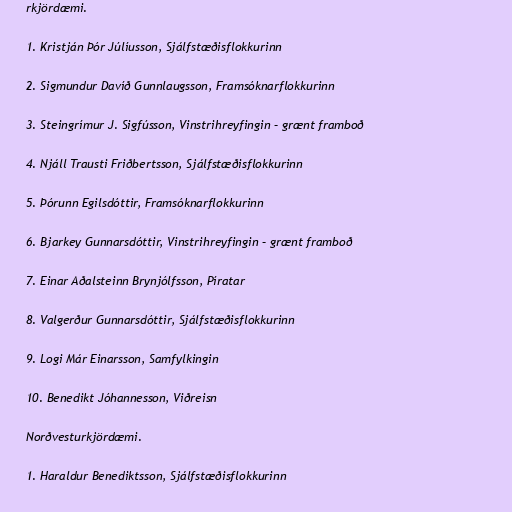
rkjördæmi.

1. Kristján Þór Júlíusson, Sjálfstæðisflokkurinn

2. Sigmundur Davíð Gunnlaugsson, Framsóknarflokkurinn

3. Steingrímur J. Sigfússon, Vinstrihreyfingin – grænt framboð

4. Njáll Trausti Friðbertsson, Sjálfstæðisflokkurinn

5. Þórunn Egilsdóttir, Framsóknarflokkurinn

6. Bjarkey Gunnarsdóttir, Vinstrihreyfingin – grænt framboð

7. Einar Aðalsteinn Brynjólfsson, Píratar

8. Valgerður Gunnarsdóttir, Sjálfstæðisflokkurinn

9. Logi Már Einarsson, Samfylkingin

10. Benedikt Jóhannesson, Viðreisn

Norðvesturkjördæmi.

1. Haraldur Benediktsson, Sjálfstæðisflokkurinn